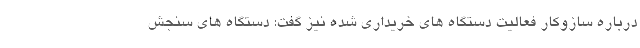
درباره سازوکار فعالیت دستگاه های خریداری شده نیز گفت: دستگاه های سنجش